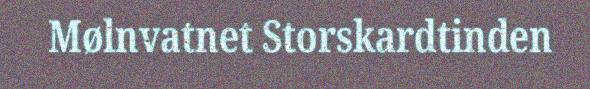
Mølnvatnet Storskardtinden